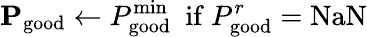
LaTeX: \mathbf{P}_{\mathrm{good}}\leftarrow P_{\mathrm{good}}^{\mathrm{min}}\ \ \mathrm{if}\ P_{\mathrm{good}}^{r}=\mathrm{NaN}